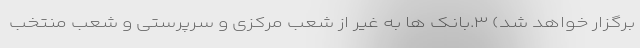
برگزار خواهد شد) ۳.بانک ها به غیر از شعب مرکزی و سرپرستی و شعب منتخب